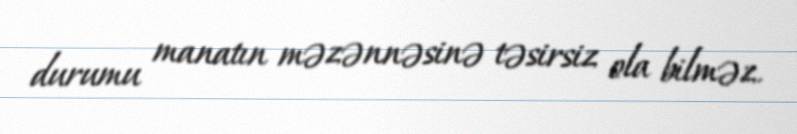
durumu manatın məzənnəsinə təsirsiz ola bilməz.